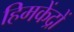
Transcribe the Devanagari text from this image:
हिमकेंद्रों